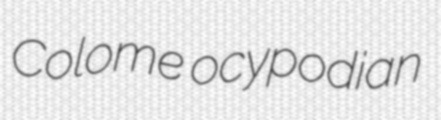
Colome ocypodian